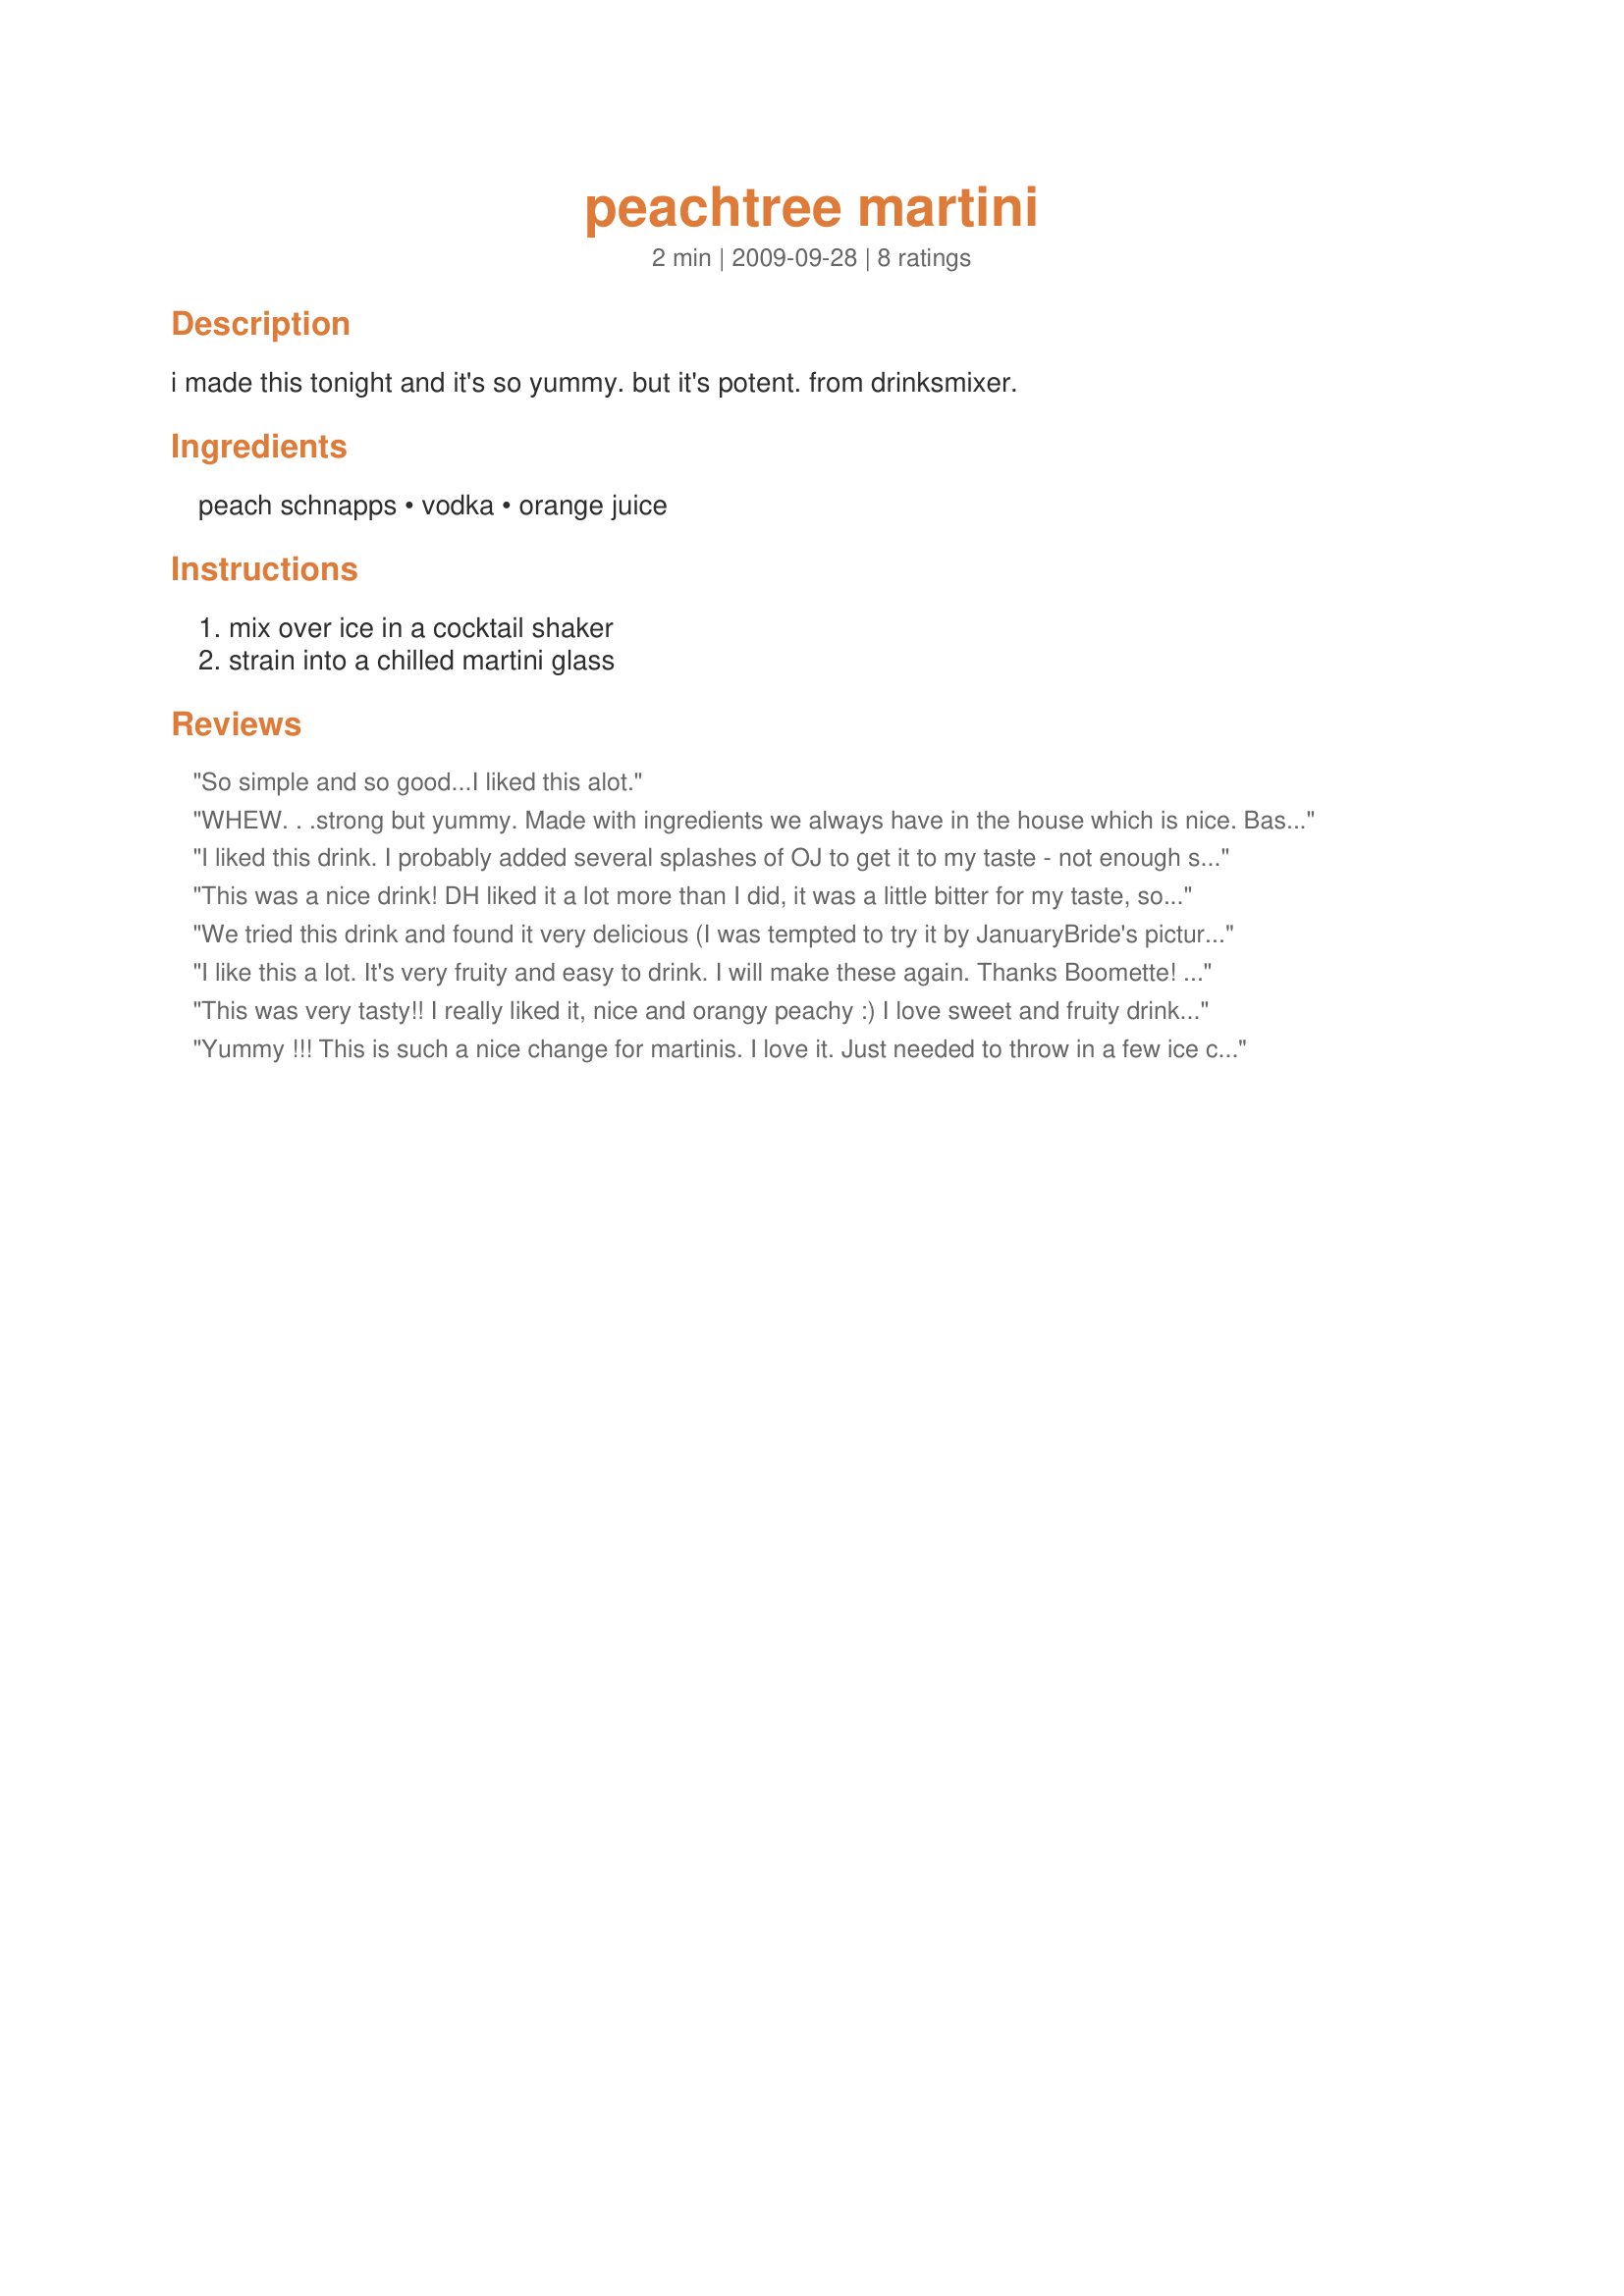
peachtree martini
Preparation time: 2 minutes

i made this tonight and it's so yummy. but it's potent. from drinksmixer.

Ingredients:
peach schnapps, vodka, orange juice

Steps:
mix over ice in a cocktail shaker, strain into a chilled martini glass

Reviews:
So simple and so good...I liked this alot.
WHEW. . .strong but yummy. Made with ingredients we always have in the house which is nice. Basically a fuzzy navel with a huge kick!!! Thanks so much for sharing! Made for PHOTO TAG.
I liked this drink. I probably added several splashes of OJ to get it to my taste - not enough so it turned into a fuzzy navel, but enough to give it a very light orange color. Peach and orange flavors were wonderful together!
This was a nice drink! DH liked it a lot more than I did, it was a little bitter for my taste, so I added about 1/2 of a packet of sweet-n-low to it and that made it a lot more palatable for me! I think it had a lot to do with the orange juice I used, a brand tha generally tastes bitter to me, so next time I will try it with a sweeter juice. DH loved this though! :) Thanks for posting Boomette! Made for Holiday Tag Fall 2009!
We tried this drink and found it very delicious (I was tempted to try it by JanuaryBride's picture)! We didn't think it was very strong at all, but that could be because we love strongish Martinis in my house! Thanks again for another great recipe Boomette.
I like this a lot. It's very fruity and easy to drink. I will make these again. Thanks Boomette! Made for Pick-A-Chef Fall 2011.
This was very tasty!! I really liked it, nice and orangy peachy :) I love sweet and fruity drinks, and this is one that I could get in trouble with I think! It's also very simple...I like drinks with few ingredients. I will be keeping this recipe for future use ;)
Yummy !!! This is such a nice change for martinis. I love it. Just needed to throw in a few ice chunks to keep it colder. I love the sweet taste of the peach schnapps. Thanks for this recipe Boomette. Made for the Holiday Tag Fall '09
